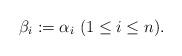
LaTeX: \begin{align*}\beta_i:=\alpha_i\ (1\leq i\leq n).\end{align*}